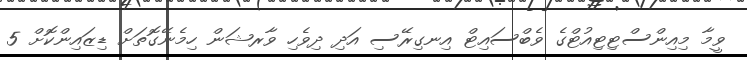
ވީމާ މިއިންސްޓިޓިއުޓްގެ ވެބްސައިޓް އިނގިރޭސި އަދި ދިވެހި ވާރޝަން ހިމެނޭގޮތަށް ޑިޒައިންކޮށް 5